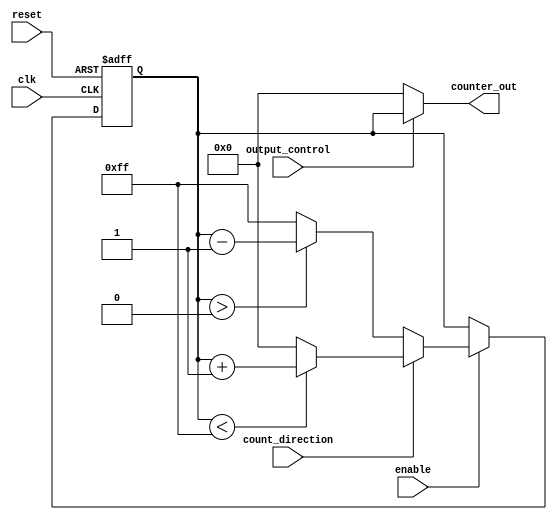
module synchronous_counter (
    input wire clk,                  // Clock input
    input wire reset,                // Asynchronous reset
    input wire enable,               // Enable counting
    input wire count_direction,      // Count direction (1 for up, 0 for down)
    input wire output_control,        // Output control signal
    output reg [N-1:0] counter_out   // Counter output
);
    parameter N = 8;                 // Width of the counter
    parameter MAX_COUNT = (1 << N) - 1; // Maximum count value
    parameter INITIAL_VALUE = 8'b00000000; // Predefined initial value for reset

    // Counter register
    reg [N-1:0] counter;

    // Asynchronous reset
    always @(posedge reset or posedge clk) begin
        if (reset) begin
            counter <= INITIAL_VALUE;
        end else if (enable) begin
            // Counting logic
            if (count_direction) begin
                // Count up
                if (counter < MAX_COUNT) begin
                    counter <= counter + 1;
                end else begin
                    counter <= 0; // wrap around
                end
            end else begin
                // Count down
                if (counter > 0) begin
                    counter <= counter - 1;
                end else begin
                    counter <= MAX_COUNT; // wrap around
                end
            end
        end
    end

    // Output control logic
    always @(*) begin
        if (output_control) begin
            counter_out = counter; // Output current counter value
        end else begin
            counter_out = INITIAL_VALUE; // Output held state (default)
        end
    end
endmodule